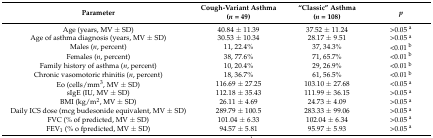
<table><thead><tr><td><b>Parameter</b></td><td><b>Cough-Variant Asthma (<i>n</i> = 49)</b></td><td><b>“Classic” Asthma (<i>n</i> = 108)</b></td><td><b><i>p</i></b></td></tr></thead><tbody><tr><td>Age (years, MV ± SD)</td><td>40.84 ± 11.39</td><td>37.52 ± 11.24</td><td>&gt;0.05 <sup>a</sup></td></tr><tr><td>Age of asthma diagnosis (years, MV ± SD)</td><td>30.53 ± 10.34</td><td>28.17 ± 9.51</td><td>&gt;0.05 <sup>a</sup></td></tr><tr><td>Males (<i>n</i>, percent)</td><td>11, 22.4%</td><td>37, 34.3%</td><td>&lt;0.01 <sup>b</sup></td></tr><tr><td>Females (<i>n</i>, percent)</td><td>38, 77.6%</td><td>71, 65.7%</td><td>&lt;0.01 <sup>b</sup></td></tr><tr><td>Family history of asthma (<i>n</i>, percent)</td><td>10, 20.4%</td><td>29, 26.9%</td><td>&lt;0.01 <sup>b</sup></td></tr><tr><td>Chronic vasomotoric rhinitis (<i>n</i>, percent)</td><td>18, 36.7%</td><td>61, 56.5%</td><td>&lt;0.01 <sup>b</sup></td></tr><tr><td>Eo (cells/mm<sup>3</sup>, MV ± SD)</td><td>116.69 ± 27.25</td><td>103.10 ± 27.68</td><td>&lt;0.05 <sup>a</sup></td></tr><tr><td>sIgE (IU, MV ± SD)</td><td>112.18 ± 35.43</td><td>111.99 ± 36.15</td><td>&gt;0.05 <sup>a</sup></td></tr><tr><td>BMI (kg/m<sup>2</sup>, MV ± SD)</td><td>26.11 ± 4.69</td><td>24.73 ± 4.09</td><td>&gt;0.05 <sup>a</sup></td></tr><tr><td>Daily ICS dose (mcg budesonide equivalent, MV ± SD)</td><td>289.79 ± 100.5</td><td>283.33 ± 99.06</td><td>&gt;0.05 <sup>a</sup></td></tr><tr><td>FVC (% of predicted, MV ± SD)</td><td>101.04 ± 6.33</td><td>102.04 ± 6.34</td><td>&gt;0.05 <sup>a</sup></td></tr><tr><td>FEV<sub>1</sub> (% o fpredicted, MV ± SD)</td><td>94.57 ± 5.81</td><td>95.97 ± 5.93</td><td>&gt;0.05 <sup>a</sup></td></tr></tbody></table>